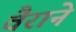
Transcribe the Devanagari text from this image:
वैराने